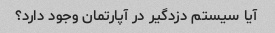
آیا سیستم دزدگیر در آپارتمان وجود دارد؟